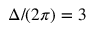
\Delta / ( 2 \pi ) = 3